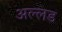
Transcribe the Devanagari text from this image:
अल्लड